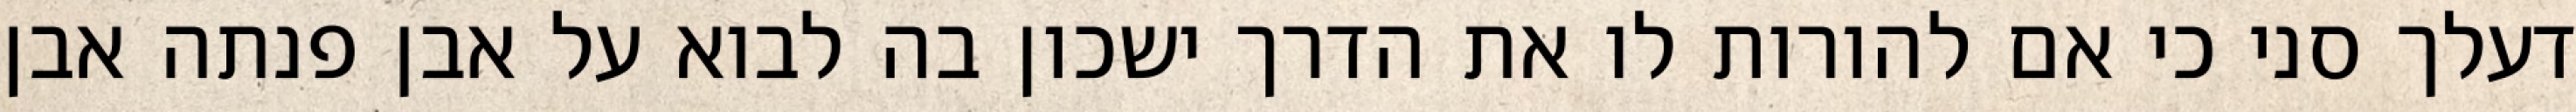
דעלך סני כי אם להורות לו את הדרך ישכון בה לבוא על אבן פנתה אבן